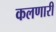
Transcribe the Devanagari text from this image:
कलणारी